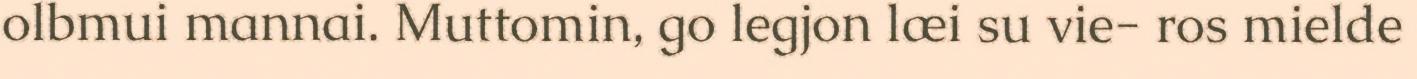
olbmui mannai. Muttomin, go legjon læi su vie- ros mielde